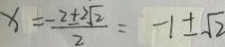
x = \frac { - 2 \pm 2 \sqrt { 2 } } { 2 } = - 1 \pm \sqrt { 2 }